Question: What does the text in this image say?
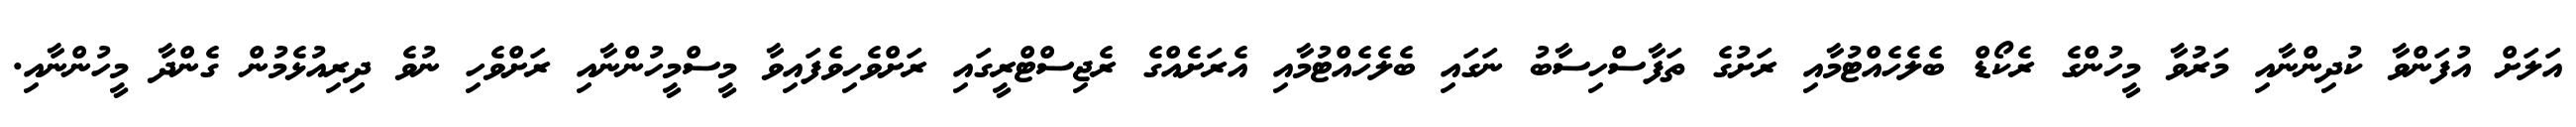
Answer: އަލަށް އުފަންވާ ކުދިންނާއި މަރުވާ މީހުންގެ ރެކޯޑް ބެލެހެއްޓުމާއި ރަށުގެ ތަފާސްހިސާބު ނަގައި ބެލެހެއްޓުމާއި އެރަށެއްގެ ރެޖިސްޓްރީގައި ރަށްވެހިވެފައިވާ މީސްމީހުންނާއި ރަށްވެހި ނުވެ ދިރިއުޅެމުން ގެންދާ މީހުންނާއި.